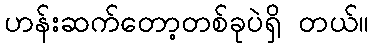
ဟန်းဆက်တော့တစ်ခုပဲရှိ တယ်။